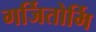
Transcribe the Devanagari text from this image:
गर्जितोर्मि